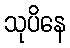
သုပိနေ